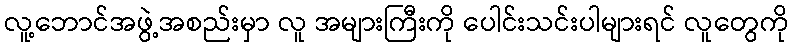
လူ့ဘောင်အဖွဲ့အစည်းမှာ လူ အများကြီးကို ပေါင်းသင်းပါများရင် လူတွေကို